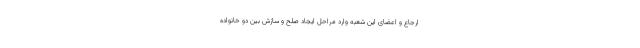
ارجاع و اعضای این شعبه وارد مراحل ایجاد صلح و سازش بین دو خانواده